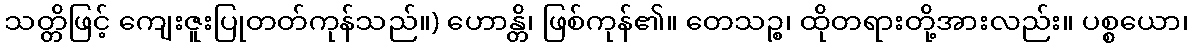
သတ္တိဖြင့် ကျေးဇူးပြုတတ်ကုန်သည်။) ဟောန္တိ၊ ဖြစ်ကုန်၏။ တေသဉ္စ၊ ထိုတရားတို့အားလည်း။ ပစ္စယော၊